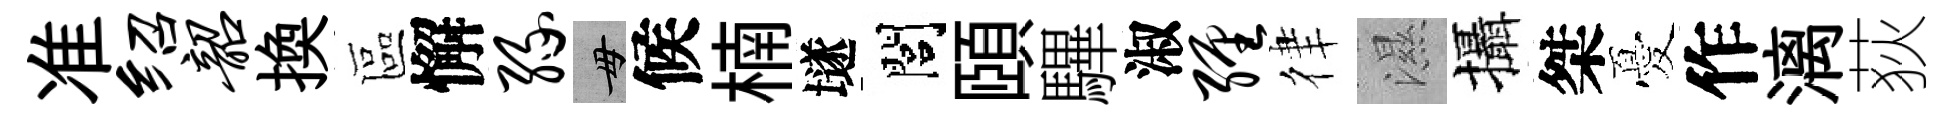
准绍韶換區懈缘毋候楠𡑞閭頤驆淑缠律濕攝桀憂作漓荻